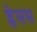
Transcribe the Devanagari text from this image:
ग्लेसस